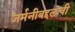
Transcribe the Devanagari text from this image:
जर्मनीबद्दलची